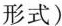
形式)